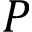
P